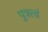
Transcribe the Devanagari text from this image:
पुत्रत्त्वं